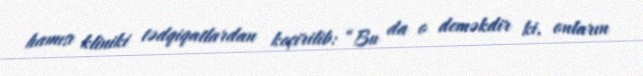
hamısı kliniki tədqiqatlardan keçirilib: “Bu da o deməkdir ki, onların